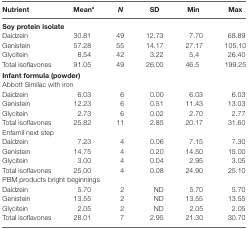
<table><thead><tr><td><b>Nutrient</b></td><td><b>Mean<sup>a</sup></b></td><td><b><i>N</i></b></td><td><b>SD</b></td><td><b>Min</b></td><td><b>Max</b></td></tr></thead><tbody><tr><td colspan="6"><b>Soy protein isolate</b></td></tr><tr><td>Daidzein</td><td>30.81</td><td>49</td><td>12.73</td><td>7.70</td><td>68.89</td></tr><tr><td>Genistein</td><td>57.28</td><td>55</td><td>14.17</td><td>27.17</td><td>105.10</td></tr><tr><td>Glycitein</td><td>8.54</td><td>42</td><td>3.22</td><td>5.4</td><td>26.40</td></tr><tr><td>Total isoflavones</td><td>91.05</td><td>49</td><td>26.00</td><td>46.5</td><td>199.25</td></tr><tr><td colspan="6"><b>Infant formula (powder)</b></td></tr><tr><td colspan="6">Abbott Similac with iron</td></tr><tr><td>Daidzein</td><td>6.03</td><td>6</td><td>0.00</td><td>6.03</td><td>6.03</td></tr><tr><td>Genistein</td><td>12.23</td><td>6</td><td>0.51</td><td>11.43</td><td>13.03</td></tr><tr><td>Glycitein</td><td>2.73</td><td>6</td><td>0.02</td><td>2.70</td><td>2.77</td></tr><tr><td>Total isoflavones</td><td>25.82</td><td>11</td><td>2.85</td><td>20.17</td><td>31.60</td></tr><tr><td colspan="6">Enfamil next step</td></tr><tr><td>Daidzein</td><td>7.23</td><td>4</td><td>0.06</td><td>7.15</td><td>7.30</td></tr><tr><td>Genistein</td><td>14.75</td><td>4</td><td>0.20</td><td>14.50</td><td>15.00</td></tr><tr><td>Glycitein</td><td>3.00</td><td>4</td><td>0.04</td><td>2.95</td><td>3.05</td></tr><tr><td>Total isoflavones</td><td>25.00</td><td>4</td><td>0.08</td><td>24.90</td><td>25.10</td></tr><tr><td colspan="6">PBM products bright beginnings</td></tr><tr><td>Daidzein</td><td>5.70</td><td>2</td><td>ND</td><td>5.70</td><td>5.70</td></tr><tr><td>Genistein</td><td>13.55</td><td>2</td><td>ND</td><td>13.55</td><td>13.55</td></tr><tr><td>Glycitein</td><td>2.05</td><td>2</td><td>ND</td><td>2.05</td><td>2.05</td></tr><tr><td>Total isoflavones</td><td>28.01</td><td>7</td><td>2.95</td><td>21.30</td><td>30.70</td></tr></tbody></table>